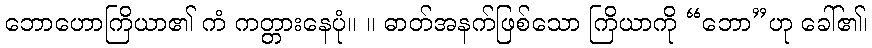
ဘောဟောကြိယာ၏ ကံ ကတ္တားနေပုံ။ ။ ဓာတ်အနက်ဖြစ်သော ကြိယာကို “ဘော”ဟု ခေါ်၏၊